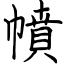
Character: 幩